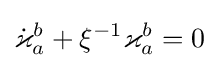
{\dot {\varkappa }}_{a}^{b}+\xi ^{-1}\varkappa _{a}^{b}=0